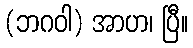
(ဘဂဝါ) အာဟ၊ ပြီ။